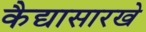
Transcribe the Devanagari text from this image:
कैद्यासारखे